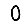
Digit: 0